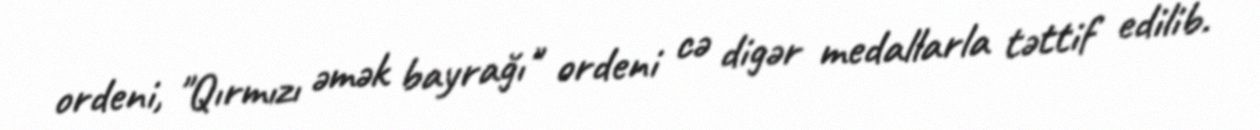
ordeni, "Qırmızı əmək bayrağı" ordeni cə digər medallarla təttif edilib.